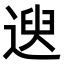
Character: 𫐯